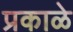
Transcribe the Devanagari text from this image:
प्रकाळे